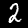
Digit: 2